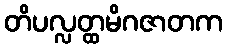
တိပလ္လတ္ထမိဂဇာတက